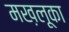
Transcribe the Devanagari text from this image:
मख़लूका